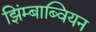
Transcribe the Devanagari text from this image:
झिंम्बाब्वियन